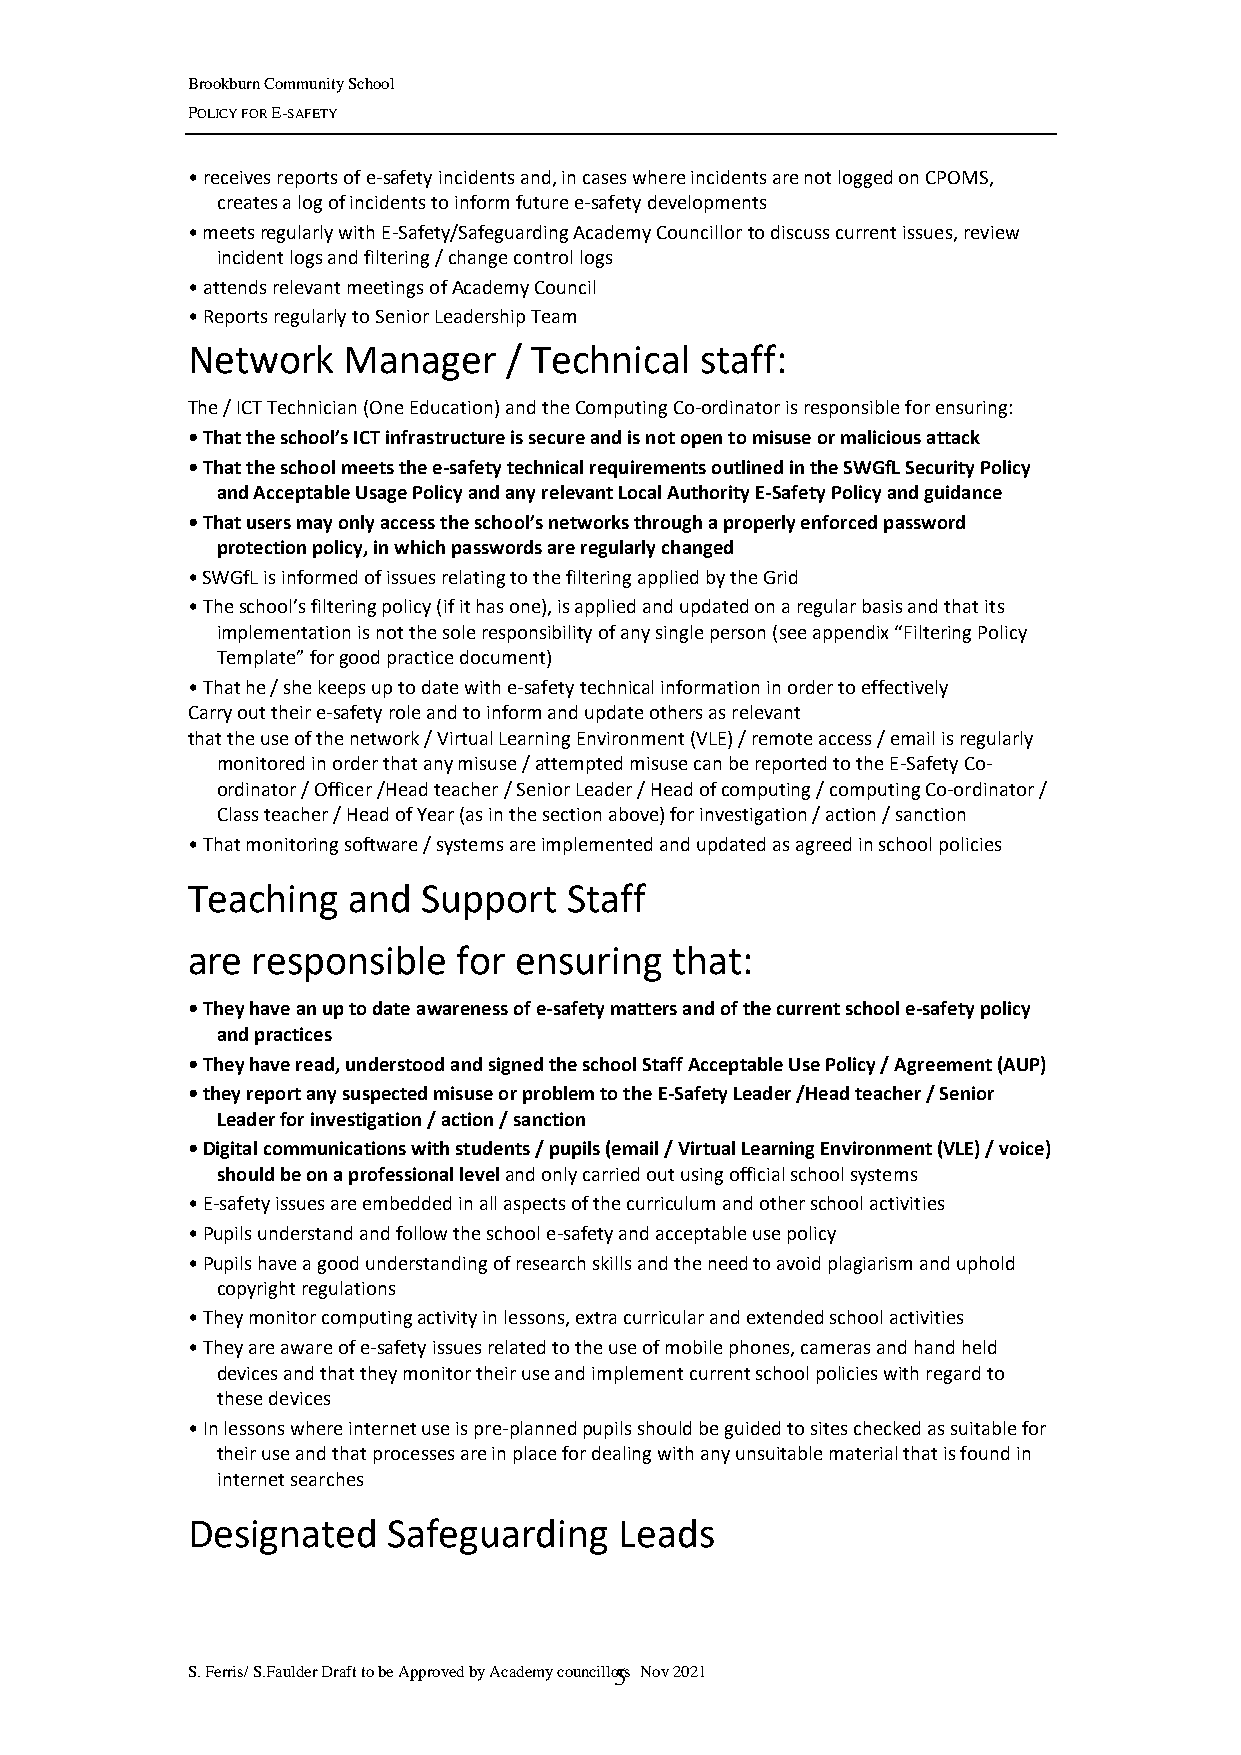
Brookburn Community School
 POLICY FOR E-SAFETY
 • receives reports of e-safety incidents and, in cases where incidents are not logged on CPOMS,
 creates a log of incidents to inform future e-safety developments
 • meets regularly with E-Safety/Safeguarding Academy Councillor to discuss current issues, review
 incident logs and filtering / change control logs
 • attends relevant meetings of Academy Council
 • Reports regularly to Senior Leadership Team
 Network    Manager   / Technical  staff:
 The / ICT Technician (One Education) and the Computing Co-ordinator is responsible for ensuring:
 • That the school’s ICT infrastructure is secure and is not open to misuse or malicious attack
 • That the school meets the e-safety technical requirements outlined in the SWGfL Security Policy
 and Acceptable Usage Policy and any relevant Local Authority E-Safety Policy and guidance
 • That users may only access the school’s networks through a properly enforced password
 protection policy, in which passwords are regularly changed
 • SWGfL is informed of issues relating to the filtering applied by the Grid
 • The school’s filtering policy (if it has one), is applied and updated on a regular basis and that its
 implementation is not the sole responsibility of any single person (see appendix “Filtering Policy
 Template” for good practice document)
 • That he / she keeps up to date with e-safety technical information in order to effectively
 Carry out their e-safety role and to inform and update others as relevant
 that the use of the network / Virtual Learning Environment (VLE) / remote access / email is regularly
 monitored in order that any misuse / attempted misuse can be reported to the E-Safety Co-
 ordinator / Officer /Head teacher / Senior Leader / Head of computing / computing Co-ordinator /
 Class teacher / Head of Year (as in the section above) for investigation / action / sanction
 • That monitoring software / systems are implemented and updated as agreed in school policies
 Teaching   and  Support   Staff
 are  responsible  for ensuring  that:
 • They have an up to date awareness of e-safety matters and of the current school e-safety policy
 and practices
 • They have read, understood and signed the school Staff Acceptable Use Policy / Agreement (AUP)
 • they report any suspected misuse or problem to the E-Safety Leader /Head teacher / Senior
 Leader for investigation / action / sanction
 • Digital communications with students / pupils (email / Virtual Learning Environment (VLE) / voice)
 should be on a professional level and only carried out using official school systems
 • E-safety issues are embedded in all aspects of the curriculum and other school activities
 • Pupils understand and follow the school e-safety and acceptable use policy
 • Pupils have a good understanding of research skills and the need to avoid plagiarism and uphold
 copyright regulations
 • They monitor computing activity in lessons, extra curricular and extended school activities
 • They are aware of e-safety issues related to the use of mobile phones, cameras and hand held
 devices and that they monitor their use and implement current school policies with regard to
 these devices
 • In lessons where internet use is pre-planned pupils should be guided to sites checked as suitable for
 their use and that processes are in place for dealing with any unsuitable material that is found in
 internet searches
 Designated    Safeguarding   Leads
 S. Ferris/ S.Faulder Draft to be Approved by Academy councillo5rs Nov 2021